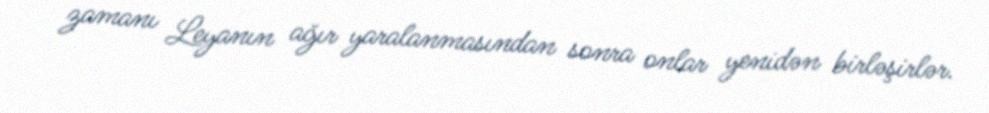
zamanı Leyanın ağır yaralanmasından sonra onlar yenidən birləşirlər.